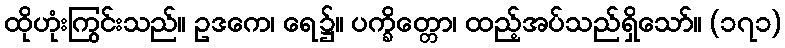
ထိုဟုံးကြွင်းသည်။ ဥဒကေ၊ ရေ၌။ ပက္ခိတ္တော၊ ထည့်အပ်သည်ရှိသော်။ (၁၇၁)